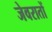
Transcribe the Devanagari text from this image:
जेवरातों